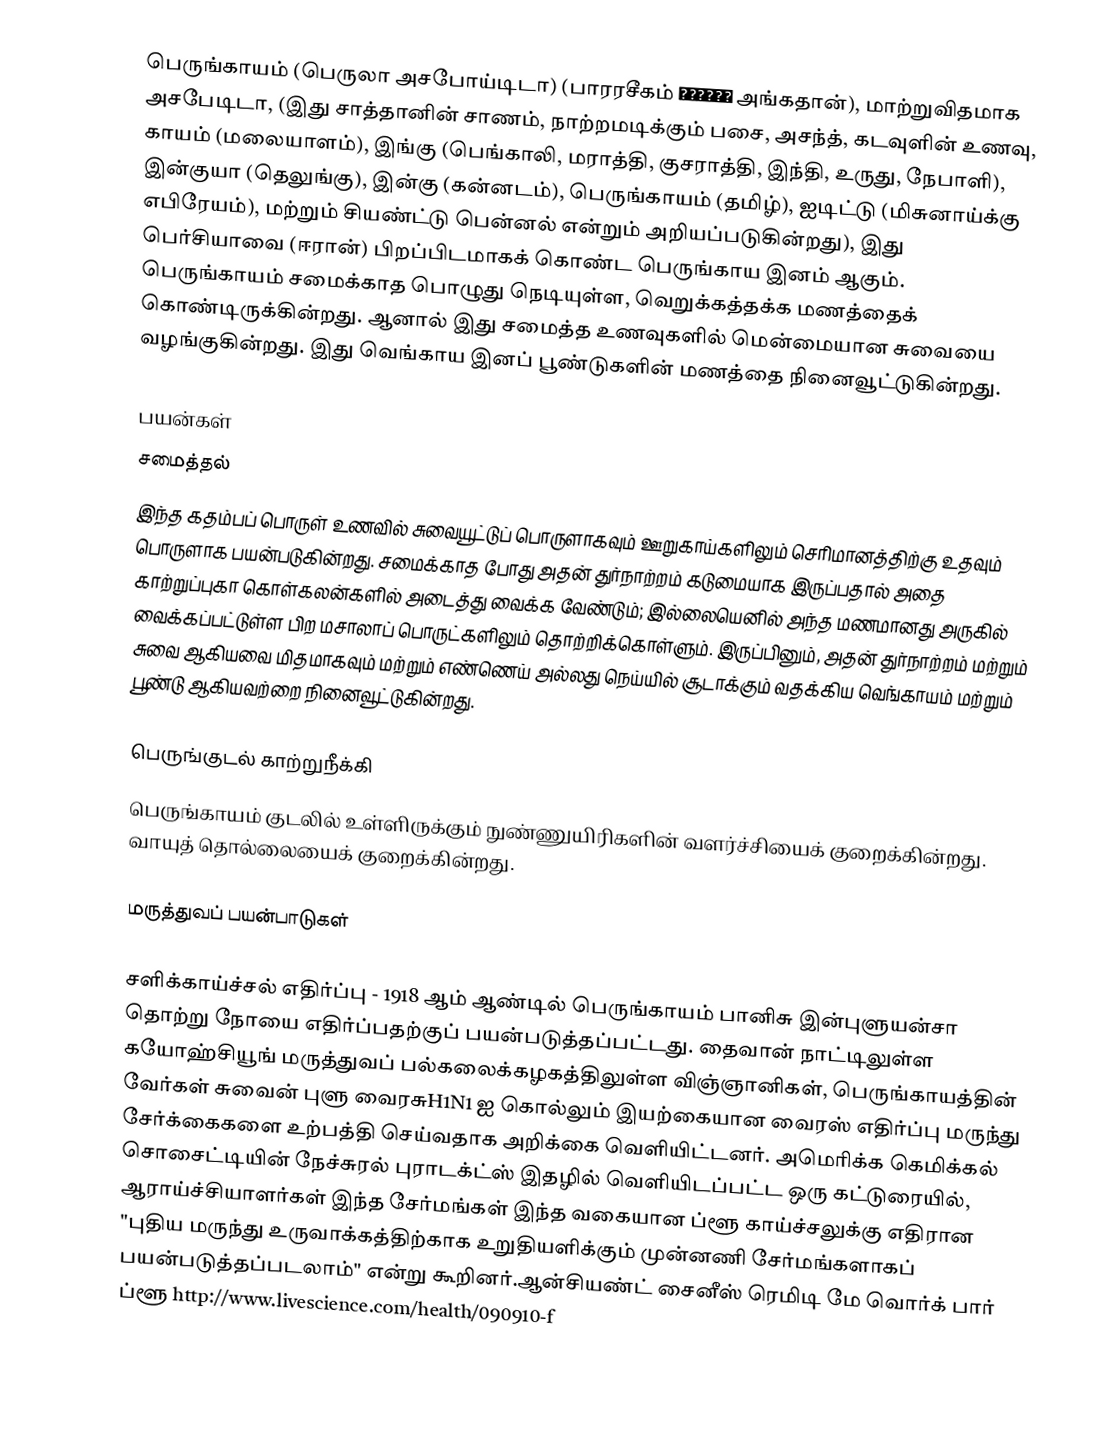
பெருங்காயம் (பெருலா அசபோய்டிடா) (பாரரசீகம் انگدان அங்கதான்), மாற்றுவிதமாக அசபேடிடா,  (இது சாத்தானின் சாணம், நாற்றமடிக்கும் பசை, அசந்த், கடவுளின் உணவு, காயம்  (மலையாளம்), இங்கு (பெங்காலி, மராத்தி, குசராத்தி, இந்தி, உருது, நேபாளி), இன்குயா (தெலுங்கு), இன்கு (கன்னடம்), பெருங்காயம் (தமிழ்), ஐடிட்டு (மிசுனாய்க்கு எபிரேயம்), மற்றும் சியண்ட்டு பென்னல் என்றும் அறியப்படுகின்றது), இது பெர்சியாவை (ஈரான்) பிறப்பிடமாகக் கொண்ட பெருங்காய இனம் ஆகும். பெருங்காயம் சமைக்காத பொழுது நெடியுள்ள, வெறுக்கத்தக்க மணத்தைக் கொண்டிருக்கின்றது. ஆனால் இது சமைத்த உணவுகளில் மென்மையான சுவையை வழங்குகின்றது. இது வெங்காய இனப் பூண்டுகளின் மணத்தை நினைவூட்டுகின்றது.

 பயன்கள்
 சமைத்தல்
இந்த கதம்பப் பொருள் உணவில் சுவையூட்டுப் பொருளாகவும் ஊறுகாய்களிலும் செரிமானத்திற்கு உதவும் பொருளாக பயன்படுகின்றது. சமைக்காத போது அதன் துர்நாற்றம் கடுமையாக இருப்பதால் அதை காற்றுப்புகா கொள்கலன்களில் அடைத்து வைக்க வேண்டும்; இல்லையெனில் அந்த மணமானது அருகில் வைக்கப்பட்டுள்ள பிற மசாலாப் பொருட்களிலும் தொற்றிக்கொள்ளும். இருப்பினும், அதன் துர்நாற்றம் மற்றும் சுவை ஆகியவை மிதமாகவும் மற்றும் எண்ணெய் அல்லது நெய்யில் சூடாக்கும் வதக்கிய வெங்காயம் மற்றும் பூண்டு ஆகியவற்றை நினைவூட்டுகின்றது.

 பெருங்குடல் காற்றுநீக்கி
பெருங்காயம் குடலில் உள்ளிருக்கும் நுண்ணுயிரிகளின் வளர்ச்சியைக் குறைக்கின்றது. வாயுத் தொல்லையைக் குறைக்கின்றது.

 மருத்துவப் பயன்பாடுகள்

 சளிக்காய்ச்சல் எதிர்ப்பு - 1918 ஆம் ஆண்டில் பெருங்காயம் பானிசு இன்புளுயன்சா தொற்று நோயை எதிர்ப்பதற்குப் பயன்படுத்தப்பட்டது. தைவான் நாட்டிலுள்ள கயோஹ்சியூங் மருத்துவப் பல்கலைக்கழகத்திலுள்ள விஞ்ஞானிகள், பெருங்காயத்தின் வேர்கள் சுவைன் புளு வைரசுH1N1 ஐ கொல்லும் இயற்கையான வைரஸ் எதிர்ப்பு மருந்து சேர்க்கைகளை உற்பத்தி செய்வதாக அறிக்கை வெளியிட்டனர். அமெரிக்க கெமிக்கல் சொசைட்டியின் நேச்சுரல் புராடக்ட்ஸ் இதழில் வெளியிடப்பட்ட ஒரு கட்டுரையில், ஆராய்ச்சியாளர்கள் இந்த சேர்மங்கள் இந்த வகையான ப்ளூ காய்ச்சலுக்கு எதிரான "புதிய மருந்து உருவாக்கத்திற்காக உறுதியளிக்கும் முன்னணி சேர்மங்களாகப் பயன்படுத்தப்படலாம்" என்று கூறினர்.ஆன்சியண்ட் சைனீஸ் ரெமிடி மே வொர்க் பார் ப்ளூ http://www.livescience.com/health/090910-f